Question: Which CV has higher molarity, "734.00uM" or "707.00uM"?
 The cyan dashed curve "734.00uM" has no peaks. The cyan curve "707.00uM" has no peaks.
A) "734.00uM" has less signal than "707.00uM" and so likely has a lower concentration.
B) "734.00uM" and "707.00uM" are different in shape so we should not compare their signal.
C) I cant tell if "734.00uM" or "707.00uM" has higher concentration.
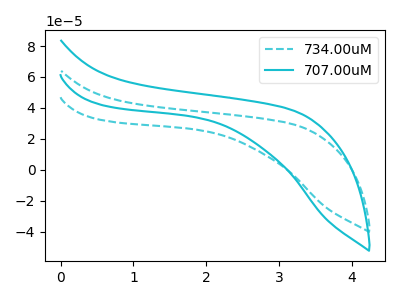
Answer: <think>Neither "734.00uM" or "707.00uM" have any peaks.
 </think>
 <answer>C) I cant tell if "734.00uM" or "707.00uM" has higher concentration.</answer>
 <eval>C</eval>